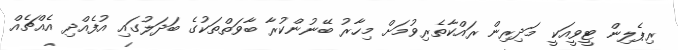
ރިޕެލިން ޓީވީއަކީ މަދިރިން ރައްކާތެރިވުމަށް މިހާރު ބޭނުންކުރާ ބާވަތްތަކުގެ ބަދަލުގައި އުފެއްދި އެއްޗެއް